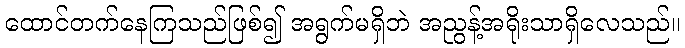
ထောင်တက်နေကြသည်ဖြစ်၍ အရွက်မရှိဘဲ အညွန့်အရိုးသာရှိလေသည်။